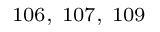
^ { 1 0 6 , ~ 1 0 7 , ~ 1 0 9 }